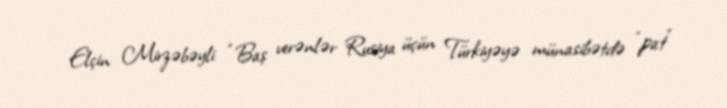
Elçin Mirzəbəyli: “Baş verənlər Rusiya üçün Türkiyəyə münasibətdə “pat”